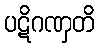
ပဋိဂဏှတိ